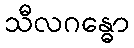
သီလဂန္ဓော